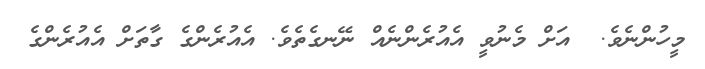
މީހުންނެވެ.  އަށް މެނުވީ އެއުރެންނެއް ނޭނގެތެވެ. އެއުރެންގެ ގާތަށް އެއުރެންގެ